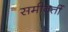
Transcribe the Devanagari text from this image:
समीवर्ती